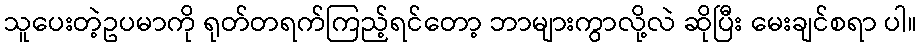
သူပေးတဲ့ဥပမာကို ရုတ်တရက်ကြည့်ရင်တော့ ဘာများကွာလို့လဲ ဆိုပြီး မေးချင်စရာ ပါ။